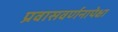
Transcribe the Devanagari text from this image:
प्रवासवर्णनापेक्षा